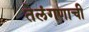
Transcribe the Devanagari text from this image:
तेलंगणाची